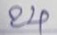
24